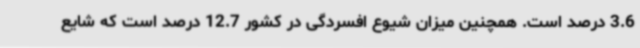
3.6 درصد است. همچنین میزان شیوع افسردگی در کشور 12.7 درصد است که شایع